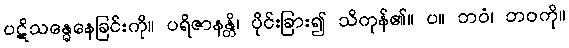
ပဋိသန္ဓေနေခြင်းကို။ ပရိဇာနန္တိ၊ ပိုင်းခြား၍ သိကုန်၏။ ပ။ ဘဝံ၊ ဘဝကို။